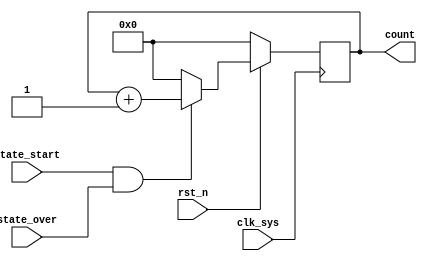
// off_on_timer.v
module off_on_timer(
                    clk_sys,
                    rst_n,
                    state_start,
                    state_over,
                    count
                   );

input clk_sys;
input rst_n;
input state_start;
input state_over;

output [4:0] count;

reg [4:0] count;

wire en;

assign en = state_start & state_over;

always @ (posedge clk_sys)
    begin
         if (rst_n == 1'b0)
             count <= 5'b0;
         else
             begin
                  if (en == 1'b1)
                      count <= count + 1;
                  else
                      count <= 5'b0;
             end
    end

endmodule